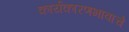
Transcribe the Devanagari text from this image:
कार्यकारणभावाचे